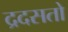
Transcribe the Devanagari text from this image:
द्रदसतो